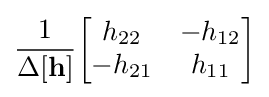
{\frac {1}{\Delta \mathbf {[h]} }}{\begin{bmatrix}h_{22}&-h_{12}\\-h_{21}&h_{11}\end{bmatrix}}